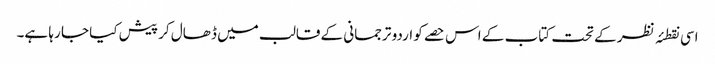
اسی نقطئہ نظر کے تحت کتاب کے اس حصے کو اردو ترجمانی کے قالب میں ڈھال کر پیش کیا جا رہا ہے۔